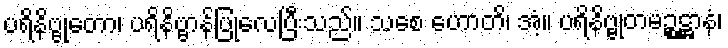
ပရိနိဗ္ဗုတော၊ ပရိနိဗ္ဗာန်ပြုလေပြီးသည်။ သစေ ဟောတိ၊ အံ့။ ပရိနိဗ္ဗုတမဉ္စဋ္ဌာနံ၊